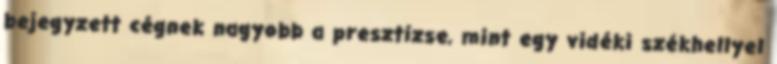
bejegyzett cégnek nagyobb a presztízse, mint egy vidéki székhellyel